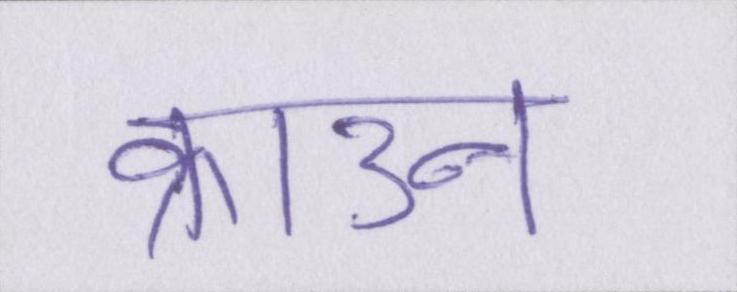
क्राउन